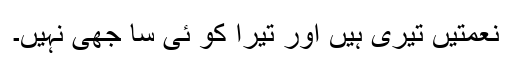
نعمتیں تیری ہیں اور تیرا کو ئی سا جھی نہیں۔